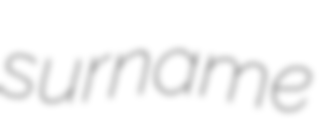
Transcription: surname